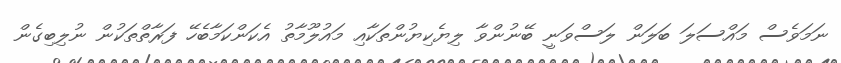
ނަމަވެސް މައްސަލަ ބަލަން ލަސްވަނީ ބޭނުންވާ ލިޔެކިޔުންތަކާއި މައުލޫމާތު އެކަންކަމާބެހޭ ފަރާތްތަކުން ނުލިބިގެން